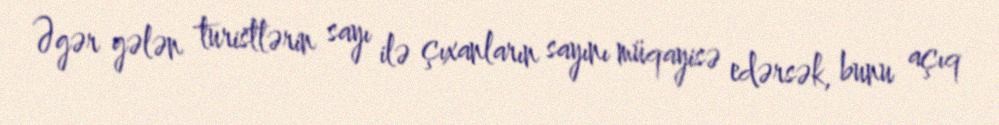
Əgər gələn turistlərin sayı ilə çıxanların sayını müqayisə edərsək, bunu açıq